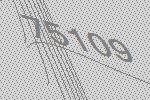
75109